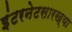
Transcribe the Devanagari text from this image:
इंटरनेटसारख्या